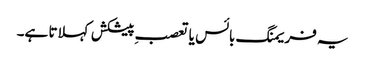
یہ فریمنگ بائس یا تعصبِ پیشکش کہلاتا ہے۔